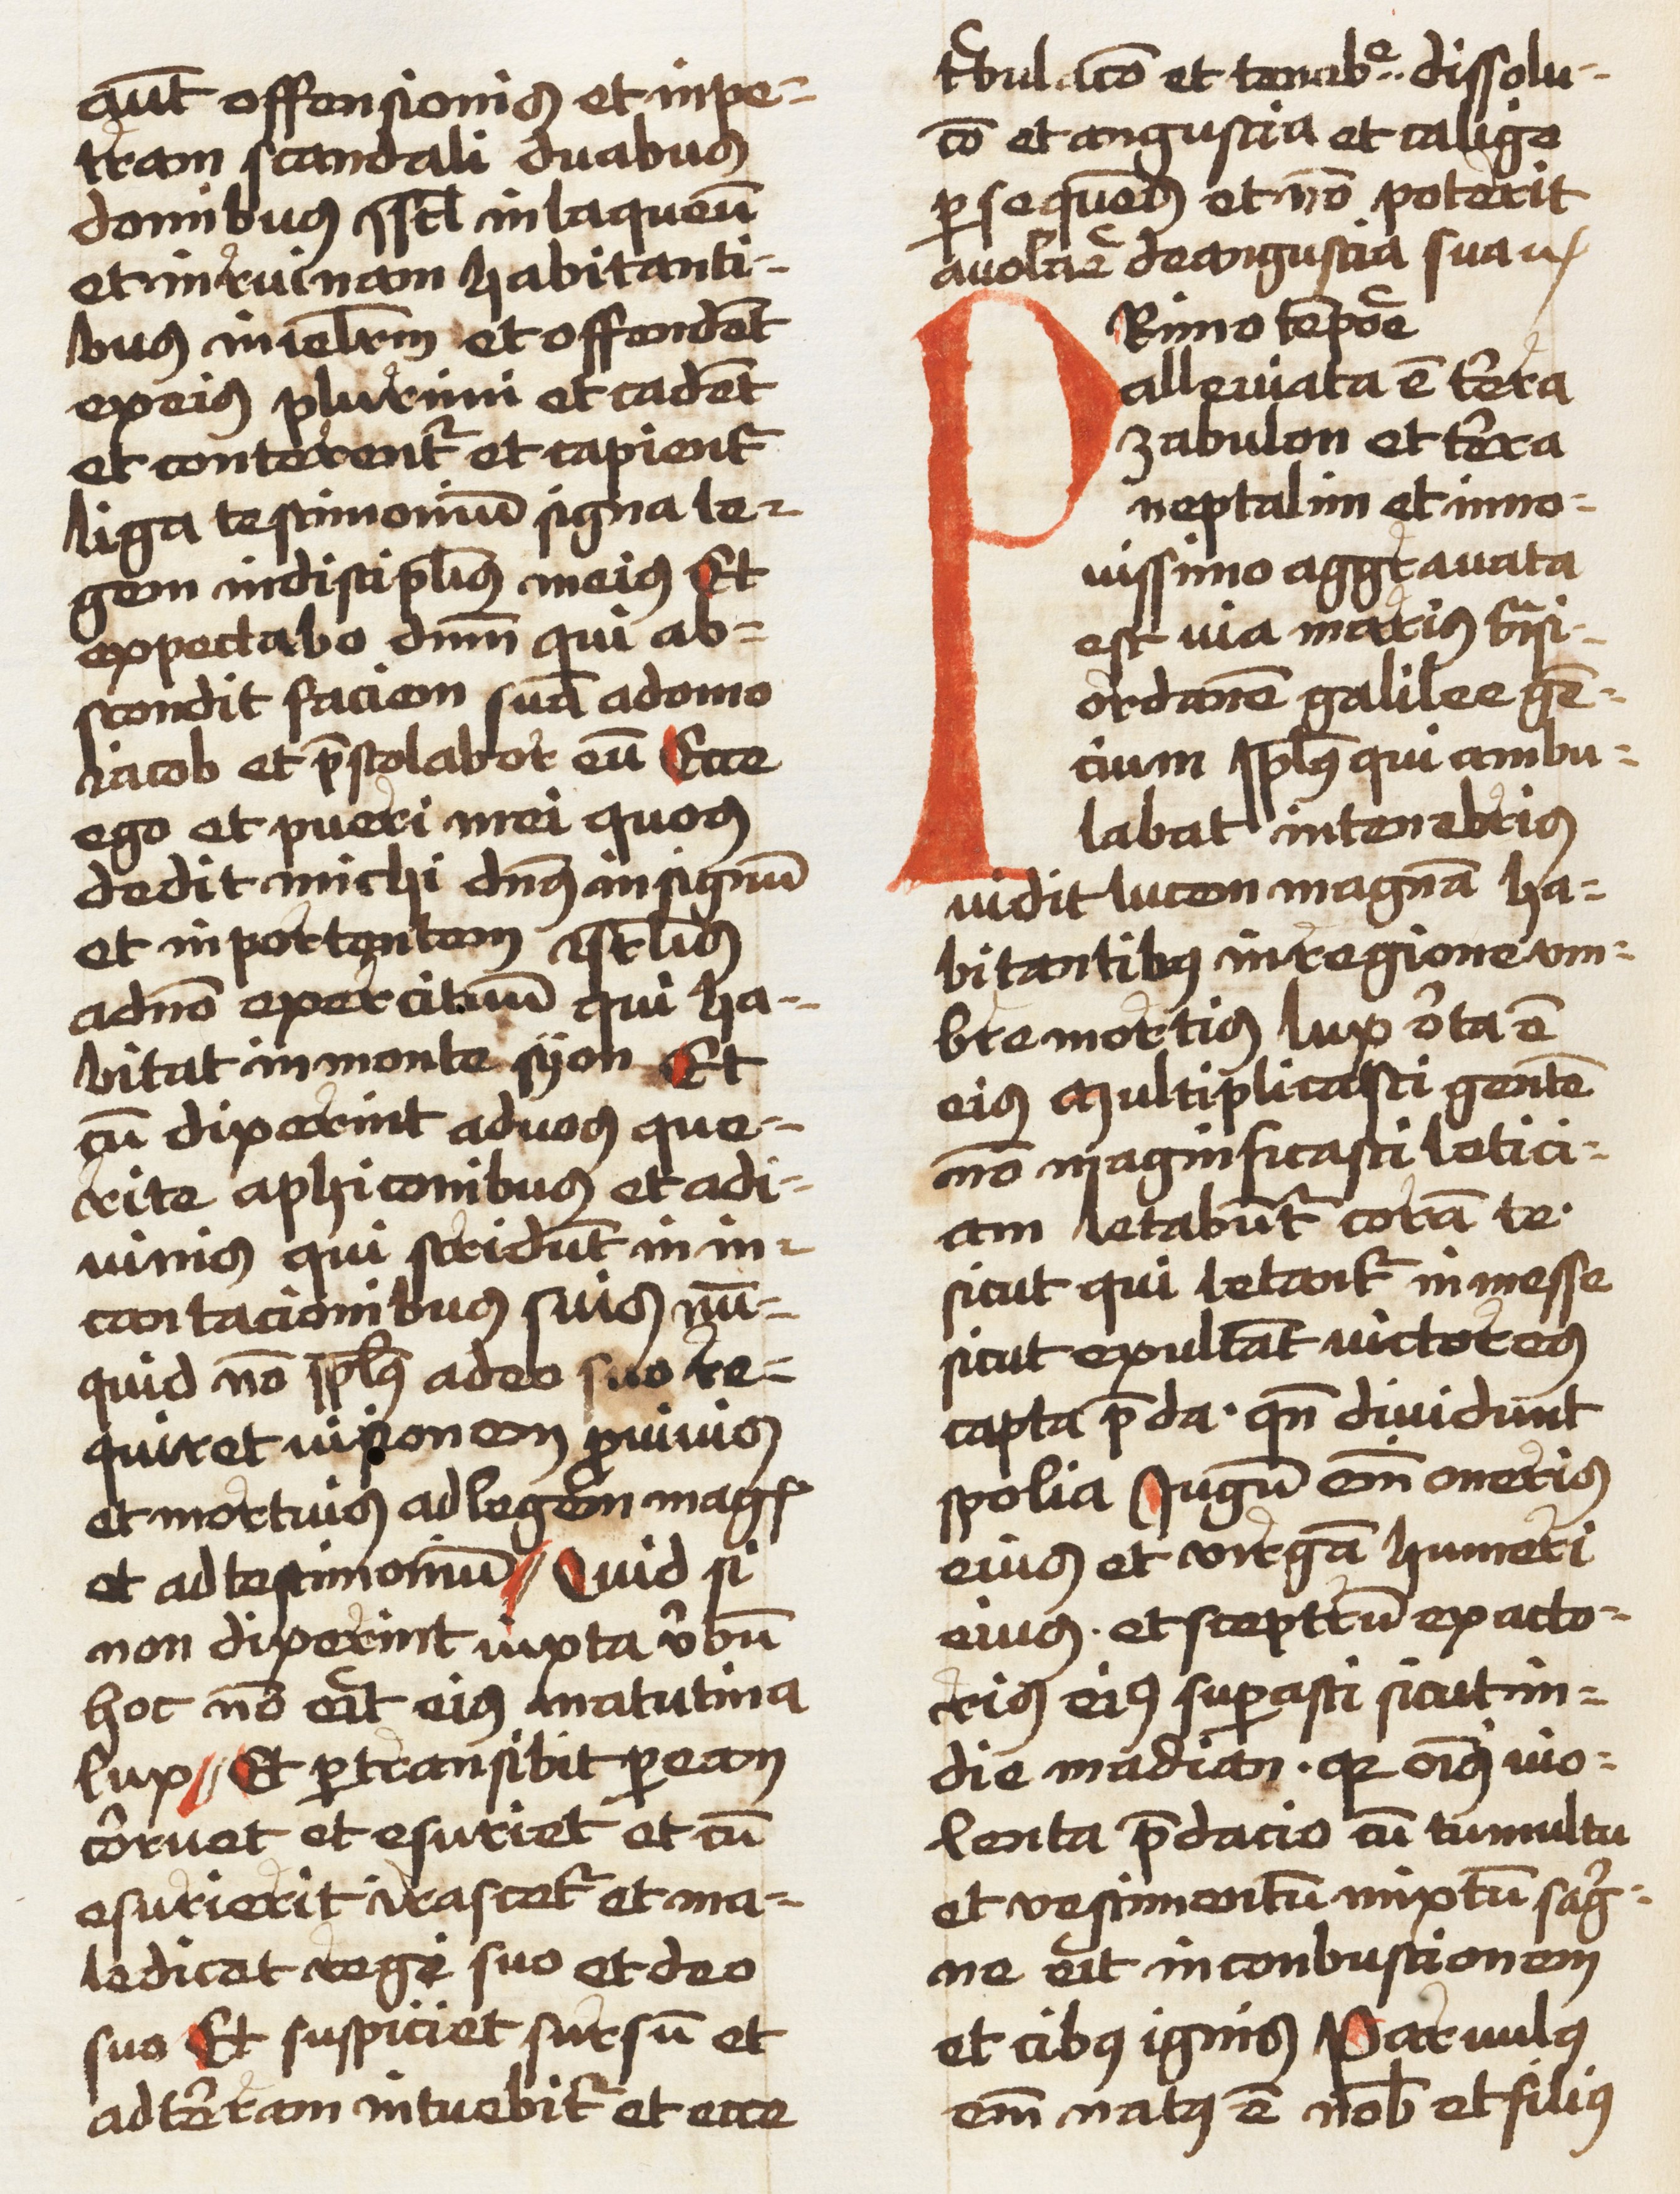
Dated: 1459–1459